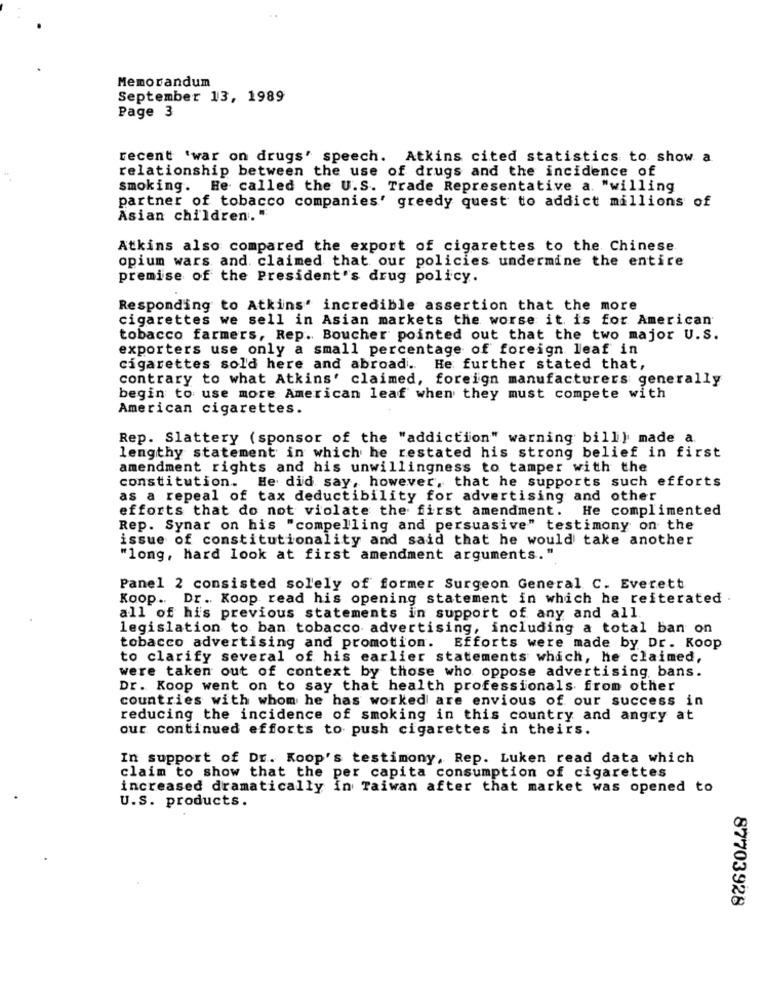
Memorandum
September 13, 1989
Page 3
recent 'war on drugs' speech. Atkins cited statistics to show a
relationship between the use of drugs and the incidence of
smoking. He called the U.S. Trade Representative a. "willing
partner of tobacco companies' greedy quest to addict millions of
Asian children. "
Atkins also compared the export of cigarettes to the Chinese.
opium wars and. claimed that our policies undermine the entire
premise of the President's drug policy.
Responding to Atkins' incredible assertion that the more
cigarettes we sell in Asian markets the worse it is for American
tobacco farmers, Rep. Boucher pointed out that the two major U.S.
exporters use only a small percentage of foreign leaf in
cigarettes sol'd here and abroadi ..
He further stated that,
contrary to what Atkins' claimed, foreign manufacturers generally
begin to use more American leaf when they must compete with
American cigarettes.
Rep. Slattery (sponsor of the "addiction" warning bill} made a.
lengthy statement in which he restated his strong belief in first
amendment rights and his unwillingness to tamper with the
constitution. He did say, however, that he supports such efforts
as a repeal of tax deductibility for advertising and other
efforts that do not violate the first amendment. He complimented
Rep. Synar on his "compelling and persuasive" testimony on the
issue of constitutionality and said that he would take another
"long, hard look at first amendment arguments."
Panel 2 consisted solely of former Surgeon General C. Everett
Koop .. Dr. Koop read his opening statement in which he reiterated .
all of his previous statements in support of any and all.
legislation to ban tobacco advertising, including a total ban on
tobacco advertising and promotion. Efforts were made by Dr. Koop
to clarify several of his earlier statements which, he claimed,
were taken out of context by those who oppose advertising, bans.
Dr. Koop went on to say that health professionals from other
countries with whom he has worked are envious of our success in
reducing the incidence of smoking in this country and angry at
our continued efforts to push cigarettes in theirs.
In support of Dr. Koop's testimony, Rep. Luken read data which
claim to show that the per capita consumption of cigarettes
increased dramatically in Taiwan after that market was opened to
U.S. products.
87703928